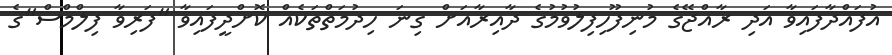
އުފައްދާފައިވާ އަދި ރާއްޖޭގެ މުނިފޫހިފިލުވުމުގެ ދާއިރާއަށް ގިނަ ހިދުމަތްތަކެއް ކޮށްދީފައިވާ "ފަރިވާ ފިލްމްސް"ގެ